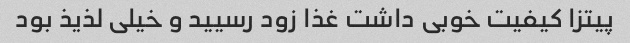
پیتزا کیفیت خوبی داشت غذا زود رسیید و خیلی لذیذ بود